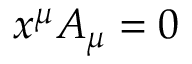
x ^ { \mu } A _ { \mu } = 0